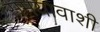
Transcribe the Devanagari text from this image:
समयावाशी